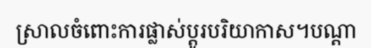
ស្រាលចំពោះការផ្លាស់ប្តូរបរិយាកាស។បណ្តា